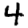
Digit: 4